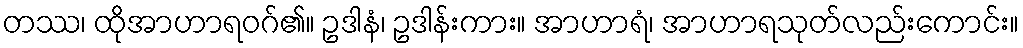
တဿ၊ ထိုအာဟာရဝဂ်၏။ ဥဒါနံ၊ ဥဒါန်းကား။ အာဟာရံ၊ အာဟာရသုတ်လည်းကောင်း။